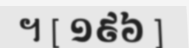
។ [ ១៩៦ ]